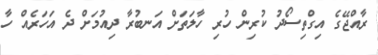
ރާއްޖޭގެ އިގްތިސޯދު ކުރިން ހުރި ހާލަތަށް އަނބުރާ ދިއުމަށް ދެ އަހަރެއް ހާ